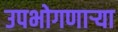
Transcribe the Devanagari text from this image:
उपभोगणार्‍या